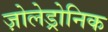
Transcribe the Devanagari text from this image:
ज़ोलेड्रोनिक